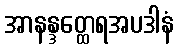
အာနန္ဒတ္ထေရအပဒါနံ